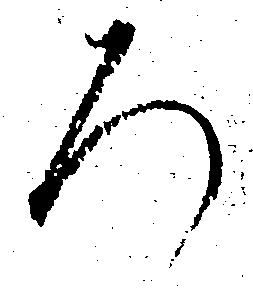
ろ